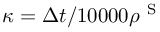
\kappa = \Delta t / 1 0 0 0 0 \rho ^ { \mathrm { ~ S ~ } }